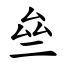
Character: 亝